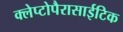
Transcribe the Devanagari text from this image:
क्लेप्टोपैरासाईटिक